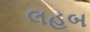
લહબ